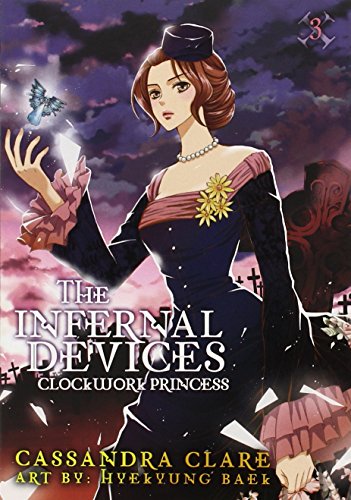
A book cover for The Infernal Devices: Clockwork Princess; Cassandra Clare; Comics & Graphic Novels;